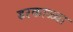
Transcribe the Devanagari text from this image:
डरकाळ्या